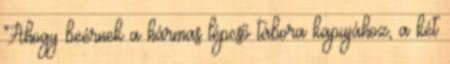
Ahogy beérnek a hármas lépcső tábora kapujához, a két